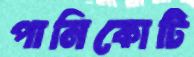
পানিকোটি